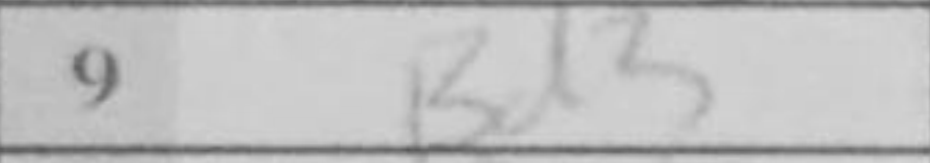
Transcription: Bd3